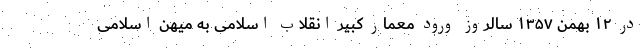
در ١٢ بهمن ۱۳۵۷ سالروز ورود معمار کبیر انقلاب اسلامی به میهن اسلامی